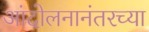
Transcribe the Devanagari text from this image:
आंदोलनानंतरच्या